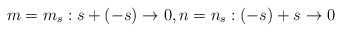
\begin{align*}m= m_s: s + (-s) \to 0, n=n_s: (-s) + s \to 0\end{align*}